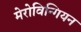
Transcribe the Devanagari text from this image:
मेरोविन्गियन